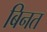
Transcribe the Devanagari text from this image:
बिनत